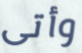
وأتى